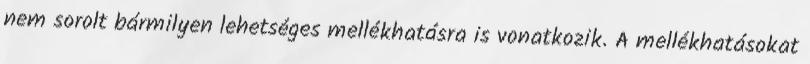
nem sorolt bármilyen lehetséges mellékhatásra is vonatkozik. A mellékhatásokat